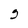
Character: g